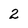
Character: 2